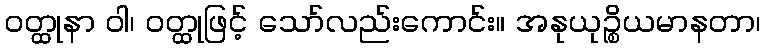
ဝတ္ထုနာ ဝါ၊ ဝတ္ထုဖြင့် သော်လည်းကောင်း။ အနုယုဉ္စိယမာနတာ၊